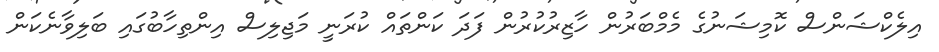
އިލެކްޝަންސް ކޮމިޝަނުގެ މެމްބަރުން ހާޒިރުކުރުން ފަދަ ކަންތައް ކުރަނީ މަޖިލިސް އިންތިހާބުގައި ބަލިވާނެކަން